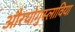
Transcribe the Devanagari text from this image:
औरयोगुस्लाविया